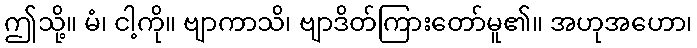
ဤသို့။ မံ၊ ငါ့ကို။ ဗျာကာသိ၊ ဗျာဒိတ်ကြားတော်မူ၏။ အဟုအဟော၊